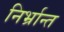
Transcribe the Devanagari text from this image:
निर्भ्रान्त